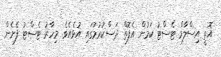
އޮތީ އިސްލާމް ޓެސްޓު ކަމުން އެފޮތް ދަސްކުރުމުގައި އުޅެއެވެ. މިހާރު ޓެސްޓު ފެށެން